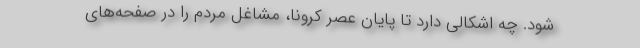
شود. چه اشکالی دارد تا پایان عصر کرونا، مشاغل مردم را در صفحه‌های